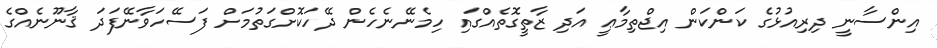
އިންސާނީ ދިރިއުޅުގެ ކަންކަން އިޖްތިމާޢީ އަދި ޒާތީގޮތެއްގައި ހިމެނޭނެހެން ދޭހަކޮށްގަތުމަށް ފަސޭހަވާނޭފަދަ ޤާނޫނެއްގެ